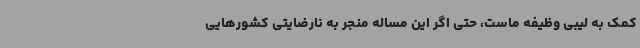
کمک به لیبی وظیفه ماست،‌ حتی اگر این مساله منجر به نارضایتی کشورهایی